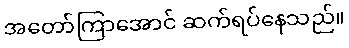
အတော်ကြာအောင် ဆက်ရပ်နေသည်။